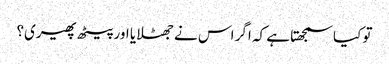
تو کیا سمجھتا ہے کہ اگر اس نے جھٹلایا اور پیٹھ پھیری؟